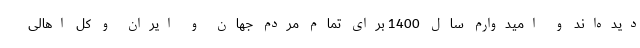
دیده‌اند و امیدوارم سال 1400 برای تمام مردم جهان و ایران و کل اهالی